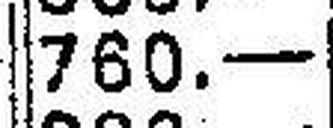
760.—